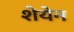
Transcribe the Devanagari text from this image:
शेयेन